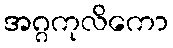
အဂ္ဂကုလိကော